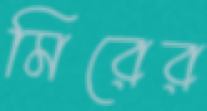
মিরের